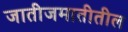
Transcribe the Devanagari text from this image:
जातीजमातीतील